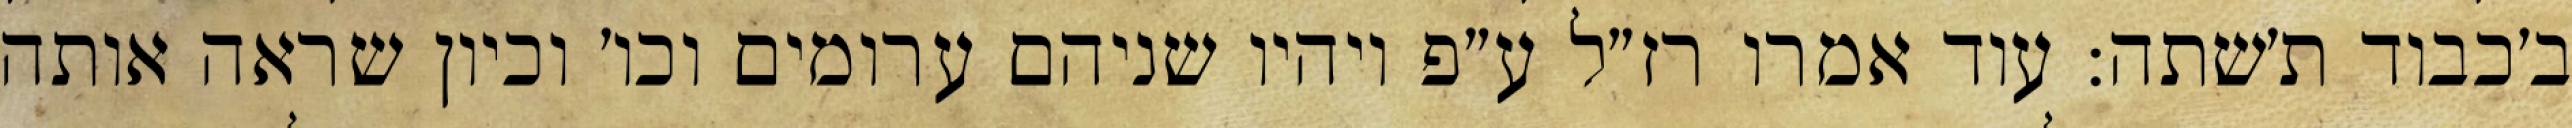
ב׳כבוד ת׳שתה: עוד אמרו רז״ל ע״פ ויהיו שניהם ערומים וכו׳ וכיון שראה אותה